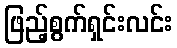
ဖြည့်စွက်ရှင်းလင်း